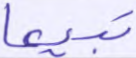
تبيعا